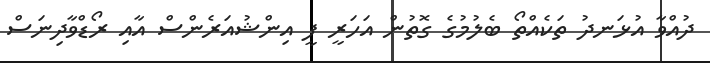
ދުއްވާ އުޅަނދު ތަކެއްތޯ ބެލުމުގެ ގޮތުން އަހަރީ ފީ އިންޝުއަރެންސް އާއި ރޯޑްވާދިނަސް